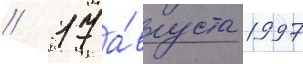
// 17 а́вгуста 1997